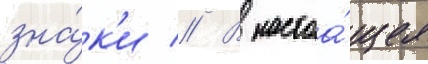
зна́к'и // В настоа́щее